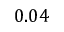
0 . 0 4